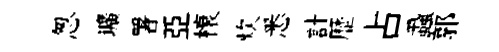
怱壙署亞榱炊悉計歴占蝨郭